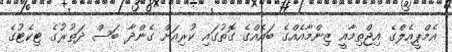
އެމްޕީއެލްގެ އިޖްތިމާއީ ޒިންމާއެއްގެ ބައެއްގެ ގޮތުގައި ކުރިއަށް ގެންދާ ބަސް ދަތުރުގެ ޓިކެޓުގެ